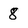
Character: 8